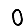
Digit: 0